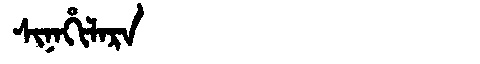
Manchu: ᠰᡳᠨᠠᡥᡳᠯᠠᡵᠠ
Romanization: SINAHILARA